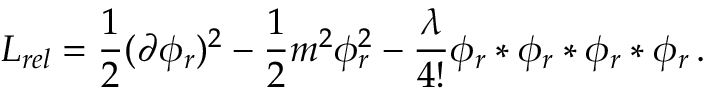
{ \cal L } _ { r e l } = \frac { 1 } { 2 } ( \partial \phi _ { r } ) ^ { 2 } - \frac { 1 } { 2 } m ^ { 2 } \phi _ { r } ^ { 2 } - \frac { \lambda } { 4 ! } \phi _ { r } * \phi _ { r } * \phi _ { r } * \phi _ { r } \, .